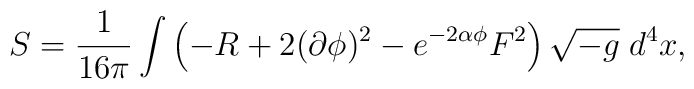
S=\frac{1}{16\pi}\int \left(-R+2(\partial\phi )^2-e^{-2\alpha\phi}F^2\right)\sqrt{-g}\;d^4x,